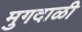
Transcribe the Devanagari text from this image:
मुगदाळी